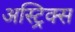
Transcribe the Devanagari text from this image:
अस्ट्रिक्स